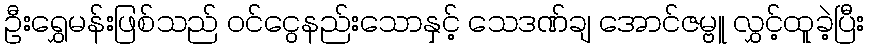
ဦးရွှေမန်းဖြစ်သည် ဝင်ငွေနည်းသောနှင့် သေဒဏ်ချ အောင်ဇမ္ဗူ လွှင့်ထူခဲ့ပြီး